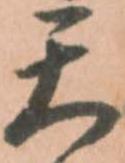
天